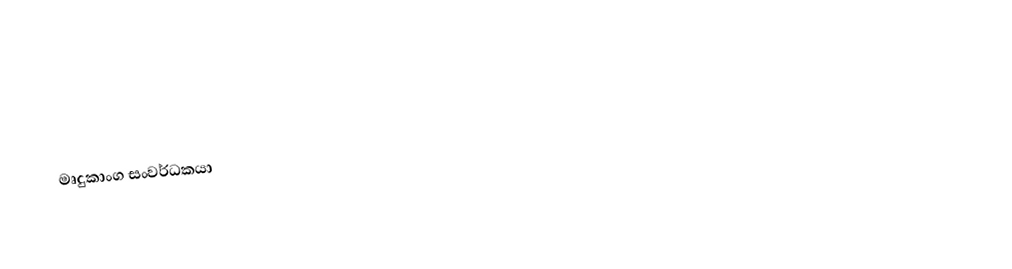
මෘදුකාංග සංවර්ධකයා